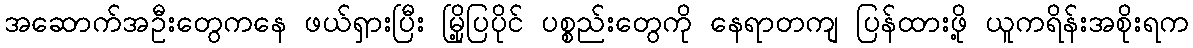
အဆောက်အဦးတွေကနေ ဖယ်ရှားပြီး မြို့ပြပိုင် ပစ္စည်းတွေကို နေရာတကျ ပြန်ထားဖို့ ယူကရိန်းအစိုးရက